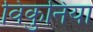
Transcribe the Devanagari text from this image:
विकुनिया